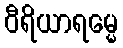
ဝီရိယာရမ္မေ